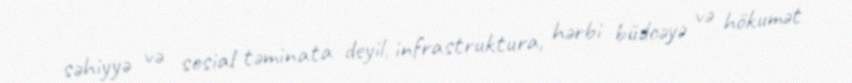
səhiyyə və sosial təminata deyil, infrastruktura, hərbi büdcəyə və hökumət